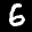
Label: 6